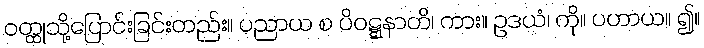
ဝတ္ထုသို့ပြောင်းခြင်းတည်း။ ပညာယ စ ပိဝဋ္ဋနာတိ၊ ကား။ ဥဒယံ၊ ကို။ ပဟာယ။ ၍။